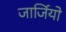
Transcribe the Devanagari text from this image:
जार्जियो